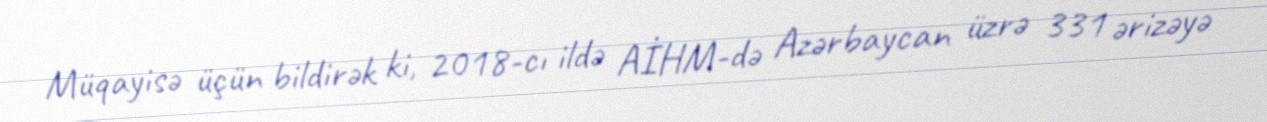
Müqayisə üçün bildirək ki, 2018-cı ildə AİHM-də Azərbaycan üzrə 331 ərizəyə